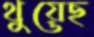
থুয়েছ